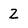
Character: 2